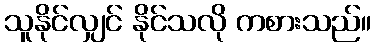
သူနိုင်လျှင် နိုင်သလို ကစားသည်။